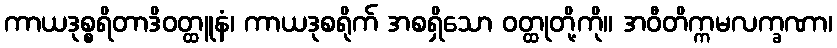
ကာယဒုစ္စရိတာဒိဝတ္ထူနံ၊ ကာယဒုစရိုက် အစရှိသော ဝတ္ထုတို့ကို။ အဝီတိက္ကမလက္ခဏာ၊